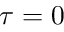
\tau = 0